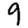
Digit: 9